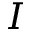
I